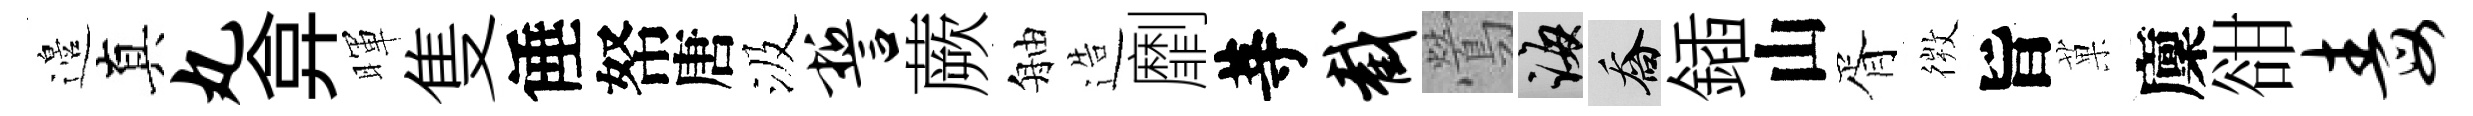
邉真丸弇暉隻倕帑唐汲誓蕨舳造劘䓁截鶯誨喬鍤山胥𢕄旨菓廩𧮳毒